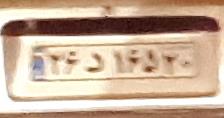
۲۶د۱۶۵۲۰